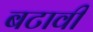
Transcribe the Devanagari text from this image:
बटावी